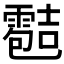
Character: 𲊄